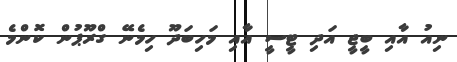
ނިއު އާއި ބީޖީ އަދި ޓީސީ އާއި މަހިބަދޫ ހިމެނޭ ގްރޫޕުން ކޮންމެ